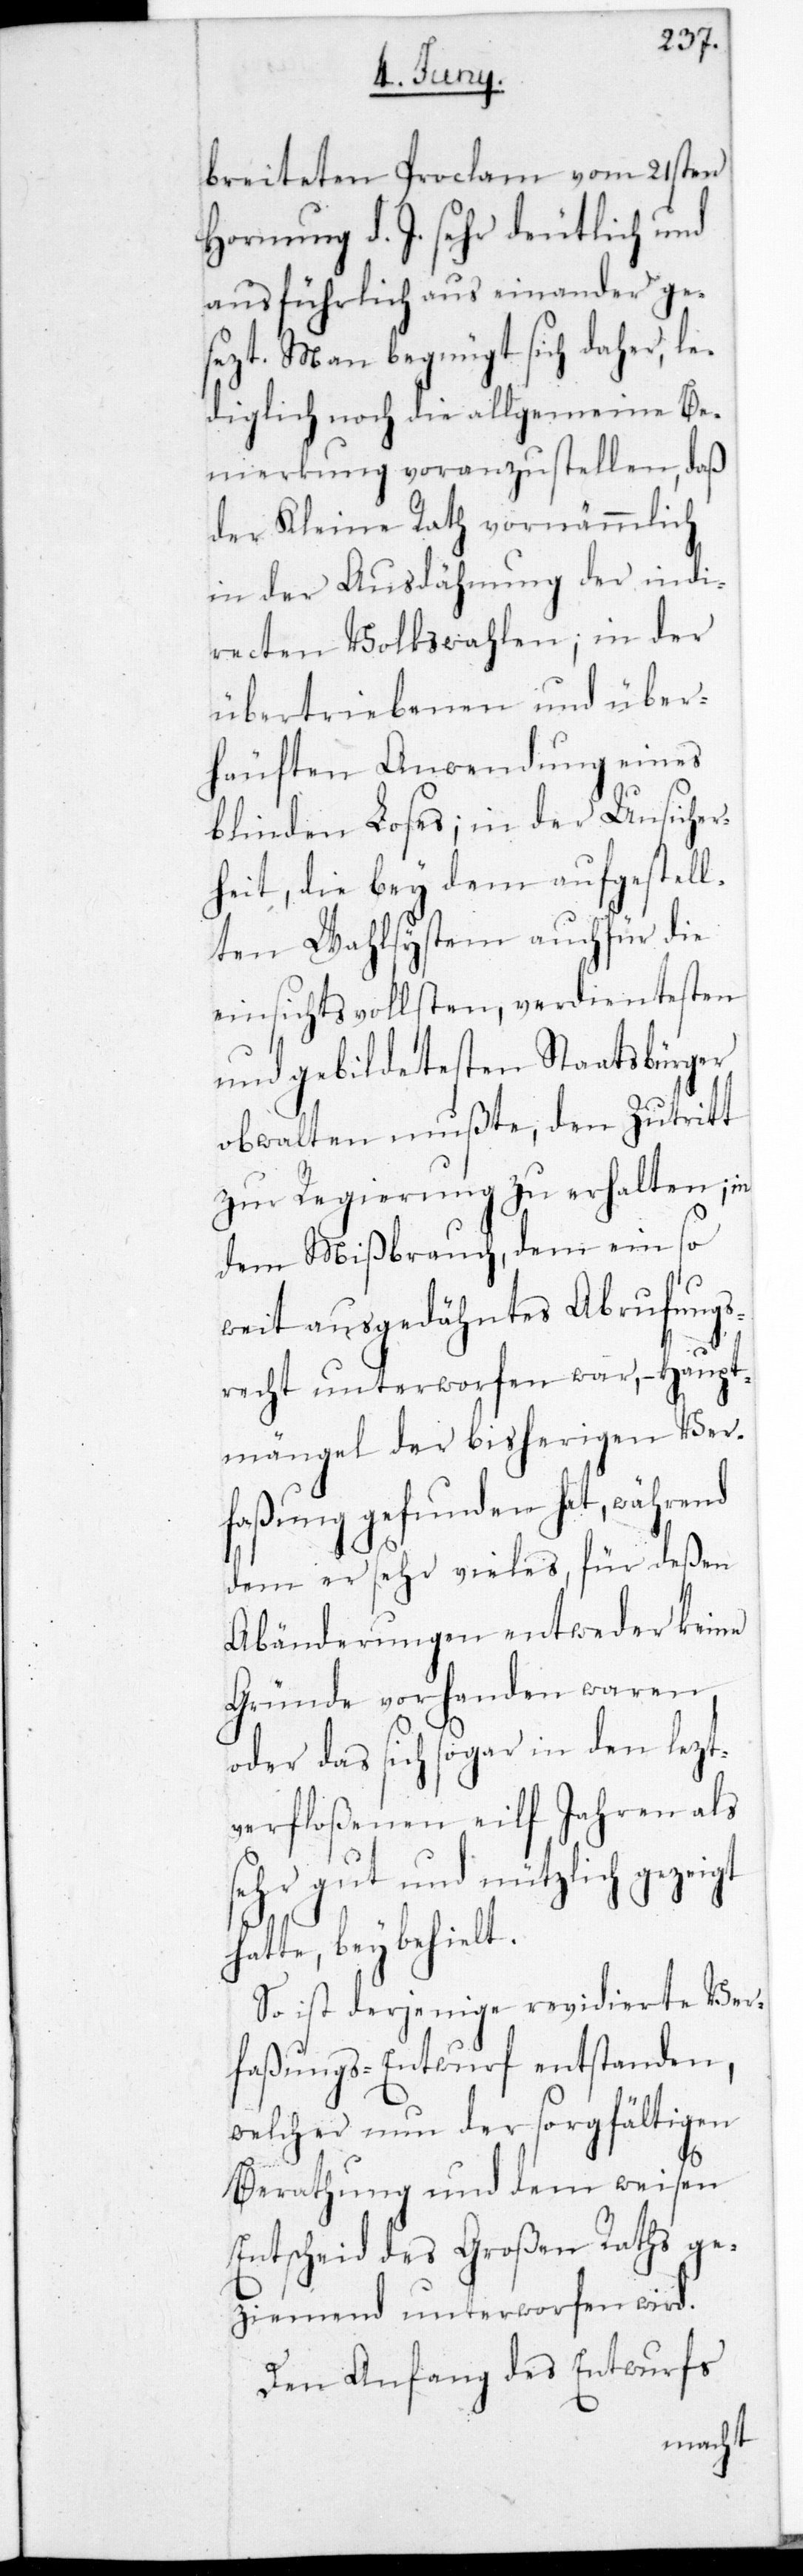
breiteten Proclam vom 21sten
Hornung d. J. sehr deutlich und
ausführlich auseinander ge¬
sezt. Man begnügt sich daher, le¬
diglich noch die allgemeine Be¬
merkung voranzustellen, daß
der Kleine Rath vornehmlich
in der Ausdehnung der indi¬
recten Volkswahlen; in der
übertriebenen und über¬
häuften Anwendung eines
blinden Loses; in der Unsicher¬
heit, die bey dem aufgestell¬
ten Wahlsystem auch für die
einsichtsvollsten, verdientesten
und gebildetesten Staatsbürger
obwalten mußte, den Zutritt
zur Regierung zu erhalten, in
dem Mißbrauch, dem ein so
weit ausgedehntes Abrufungs¬
recht unterworfen war, – Haupt¬
mängel der bisherigen Ver¬
faßung gefunden hat, während
dem er sehr vieles, für deßen
Abänderungen entweder keine
Gründe vorhanden waren,
oder das sich sogar in den letzt¬
verfloßenen elf Jahren als
sehr gut und nützlich gezeigt
hatte, beybehielt.
So ist derjenige revidierte Ver¬
faßungs-Entwurf entstanden,
welcher nun der sorgfältigen
Berathung und dem weisen
Entscheid des Großen Raths ge¬
ziemend unterworfen wird.
Den Anfang des Entwurfs